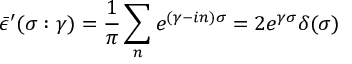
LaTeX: \bar { \epsilon } ^ { \prime } ( \sigma : \gamma ) = \frac { 1 } { \pi } \sum _ { n } e ^ { ( \gamma - i n ) \sigma } = 2 e ^ { \gamma \sigma } \delta ( \sigma )